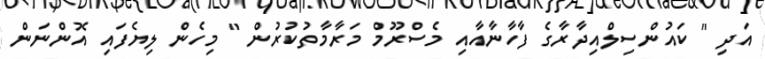
އަދި " ކައުންސިލްއިދާރާގެ ފާހާނާއާއި މެސްރޫމް މަރާމާތުކުރުން " މިހެން ލިޔެފައި އޮންނަން